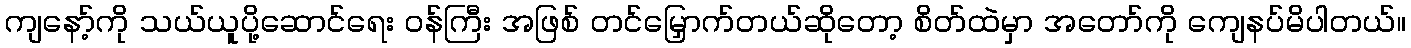
ကျနော့်ကို သယ်ယူပို့ဆောင်ရေး ဝန်ကြီး အဖြစ် တင်မြှောက်တယ်ဆိုတော့ စိတ်ထဲမှာ အတော်ကို ကျေနပ်မိပါတယ်။